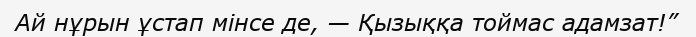
Ай нұрын ұстап мінсе де, — Қызыққа тоймас адамзат!”